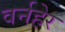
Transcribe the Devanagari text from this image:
वर्नहेर